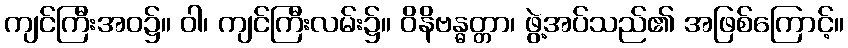
ကျင်ကြီးအဝ၌။ ဝါ၊ ကျင်ကြီးလမ်း၌။ ဝိနိဗန္ဓတ္တာ၊ ဖွဲ့အပ်သည်၏ အဖြစ်ကြောင့်။